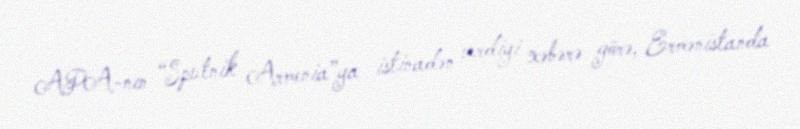
APA-nın “Sputnik Armenia”ya istinadən verdiyi xəbərə görə, Ermənistanda